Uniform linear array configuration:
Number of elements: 64
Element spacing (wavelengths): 0.75
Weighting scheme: blackman
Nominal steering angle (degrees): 0
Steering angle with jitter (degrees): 1.735
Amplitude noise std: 0.05
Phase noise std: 0.05

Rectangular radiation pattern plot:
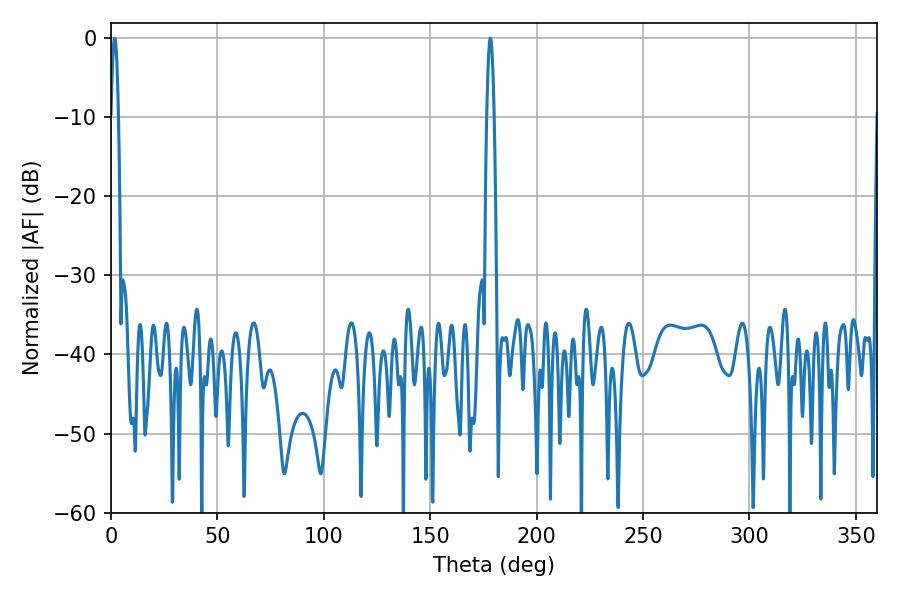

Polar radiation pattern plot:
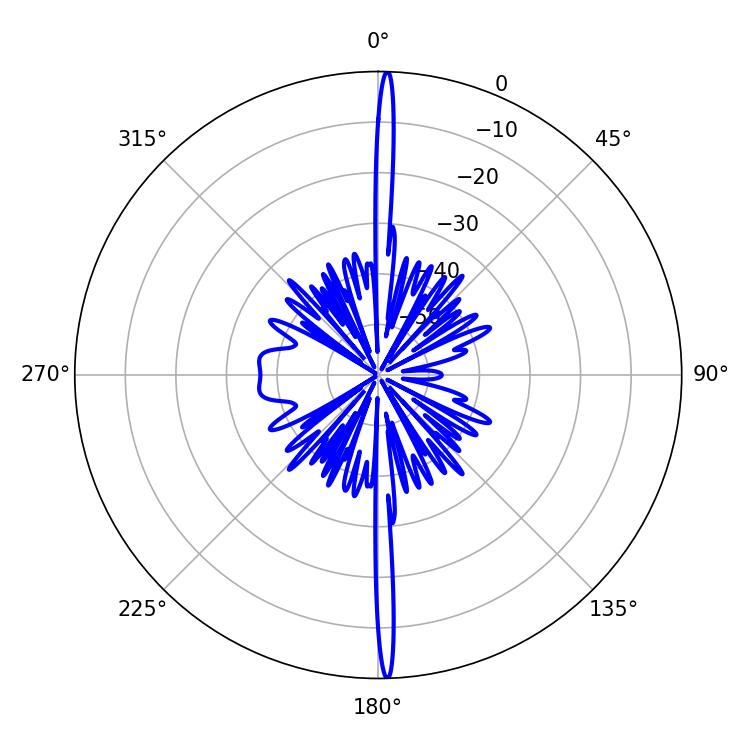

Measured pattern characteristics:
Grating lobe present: TRUE
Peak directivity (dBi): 29.757
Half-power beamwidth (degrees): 1.8
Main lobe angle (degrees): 178.2